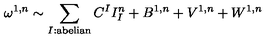
\omega ^ { 1 , n } \sim \sum _ { I : \mathrm { a b e l i a n } } C ^ { I } I _ { I } ^ { n } + B ^ { 1 , n } + V ^ { 1 , n } + W ^ { 1 , n }